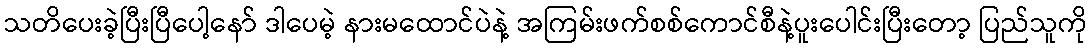
သတိပေးခဲ့ပြီးပြီပေါ့နော် ဒါပေမဲ့ နားမထောင်ပဲနဲ့ အကြမ်းဖက်စစ်ကောင်စီနဲ့ပူးပေါင်းပြီးတော့ ပြည်သူကို